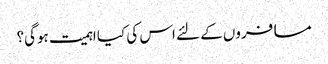
مسافروں کے لئے اس کی کیا اہمیت ہوگی؟